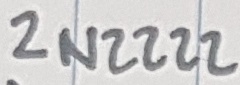
Text: 2N2222